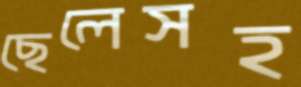
ছেলেসহ